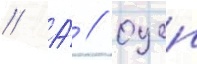
// А́ // Оцеп